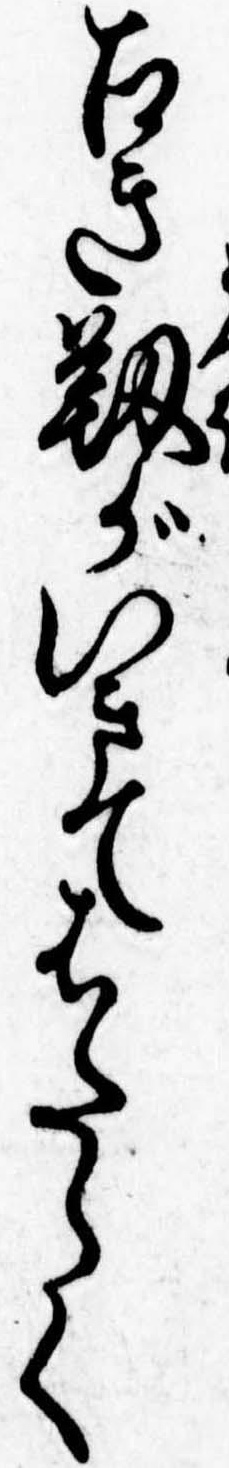
古き靭がいきてはたらく